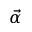
\vec { \alpha }